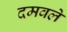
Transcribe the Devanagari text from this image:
दमवले